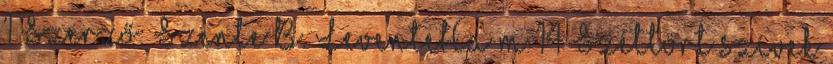
1 Szerző: Szente B. LeventeHa m 14 Széttört szívek